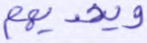
ويهديهم